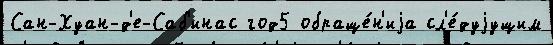
Сан-Хуан-д'е-Саб'инас год5 обраще́н'иjа сл'е́дуjущим